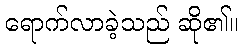
ရောက်လာခဲ့သည် ဆို၏။